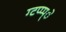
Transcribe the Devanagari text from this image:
ग्टप्प्प्े